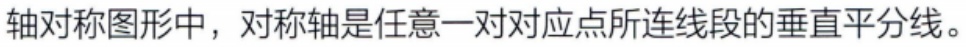
轴对称图形中，对称轴是任意一对对应点所连线段的垂直平分线。